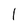
Character: I